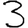
Digit: 3